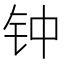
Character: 钟